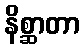
နိစ္ဆာတာ